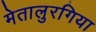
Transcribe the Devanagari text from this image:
मेतालुरगिया